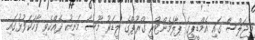
މިޖަލްސާ ގައި އެމްޑީޕީގެ ޕާލަމެންޓްރީ ގްރޫޕްގެ ލީޑަރު މޫސާ މަނިކު ދެއްކެވި ވާހަކަފުޅުގައި